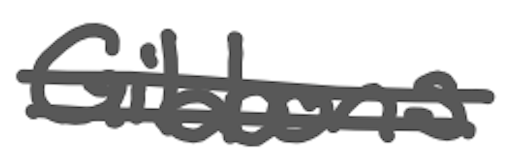
Text: Gibbons
Cross-out: double-line
Writing tool: digital_gray